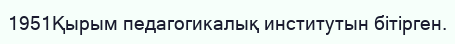
1951Қырым педагогикалық институтын бітірген.